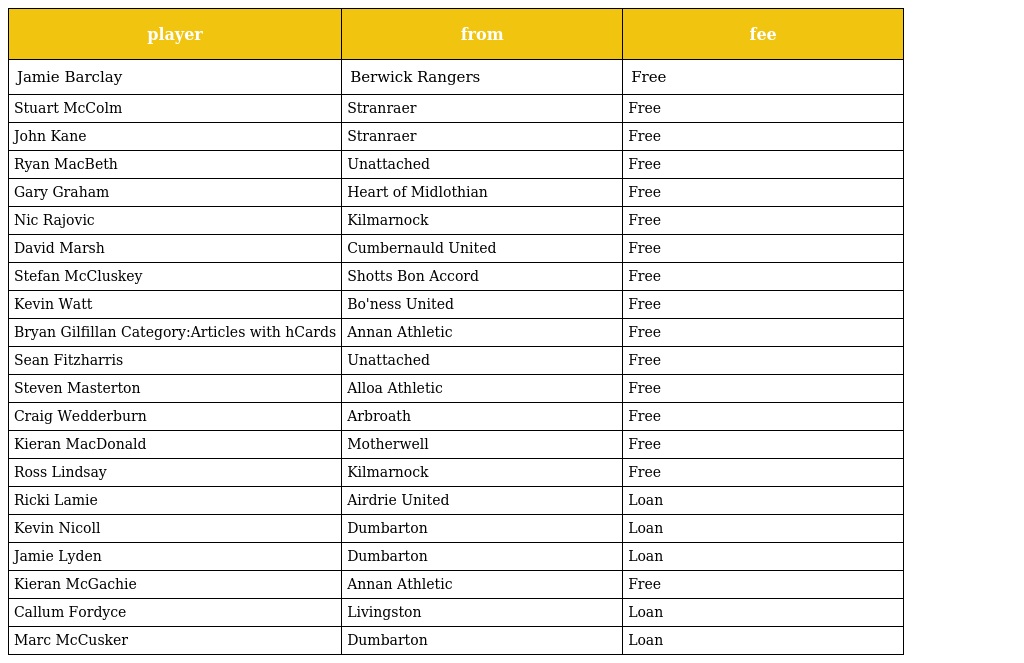
| player | from | fee |
 | --- | --- | --- |
 | Jamie Barclay | Berwick Rangers | Free |
 | Stuart McColm | Stranraer | Free |
 | John Kane | Stranraer | Free |
 | Ryan MacBeth | Unattached | Free |
 | Gary Graham | Heart of Midlothian | Free |
 | Nic Rajovic | Kilmarnock | Free |
 | David Marsh | Cumbernauld United | Free |
 | Stefan McCluskey | Shotts Bon Accord | Free |
 | Kevin Watt | Bo'ness United | Free |
 | Bryan Gilfillan Category:Articles with hCards | Annan Athletic | Free |
 | Sean Fitzharris | Unattached | Free |
 | Steven Masterton | Alloa Athletic | Free |
 | Craig Wedderburn | Arbroath | Free |
 | Kieran MacDonald | Motherwell | Free |
 | Ross Lindsay | Kilmarnock | Free |
 | Ricki Lamie | Airdrie United | Loan |
 | Kevin Nicoll | Dumbarton | Loan |
 | Jamie Lyden | Dumbarton | Loan |
 | Kieran McGachie | Annan Athletic | Free |
 | Callum Fordyce | Livingston | Loan |
 | Marc McCusker | Dumbarton | Loan |